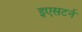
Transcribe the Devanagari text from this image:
इएसटर्न